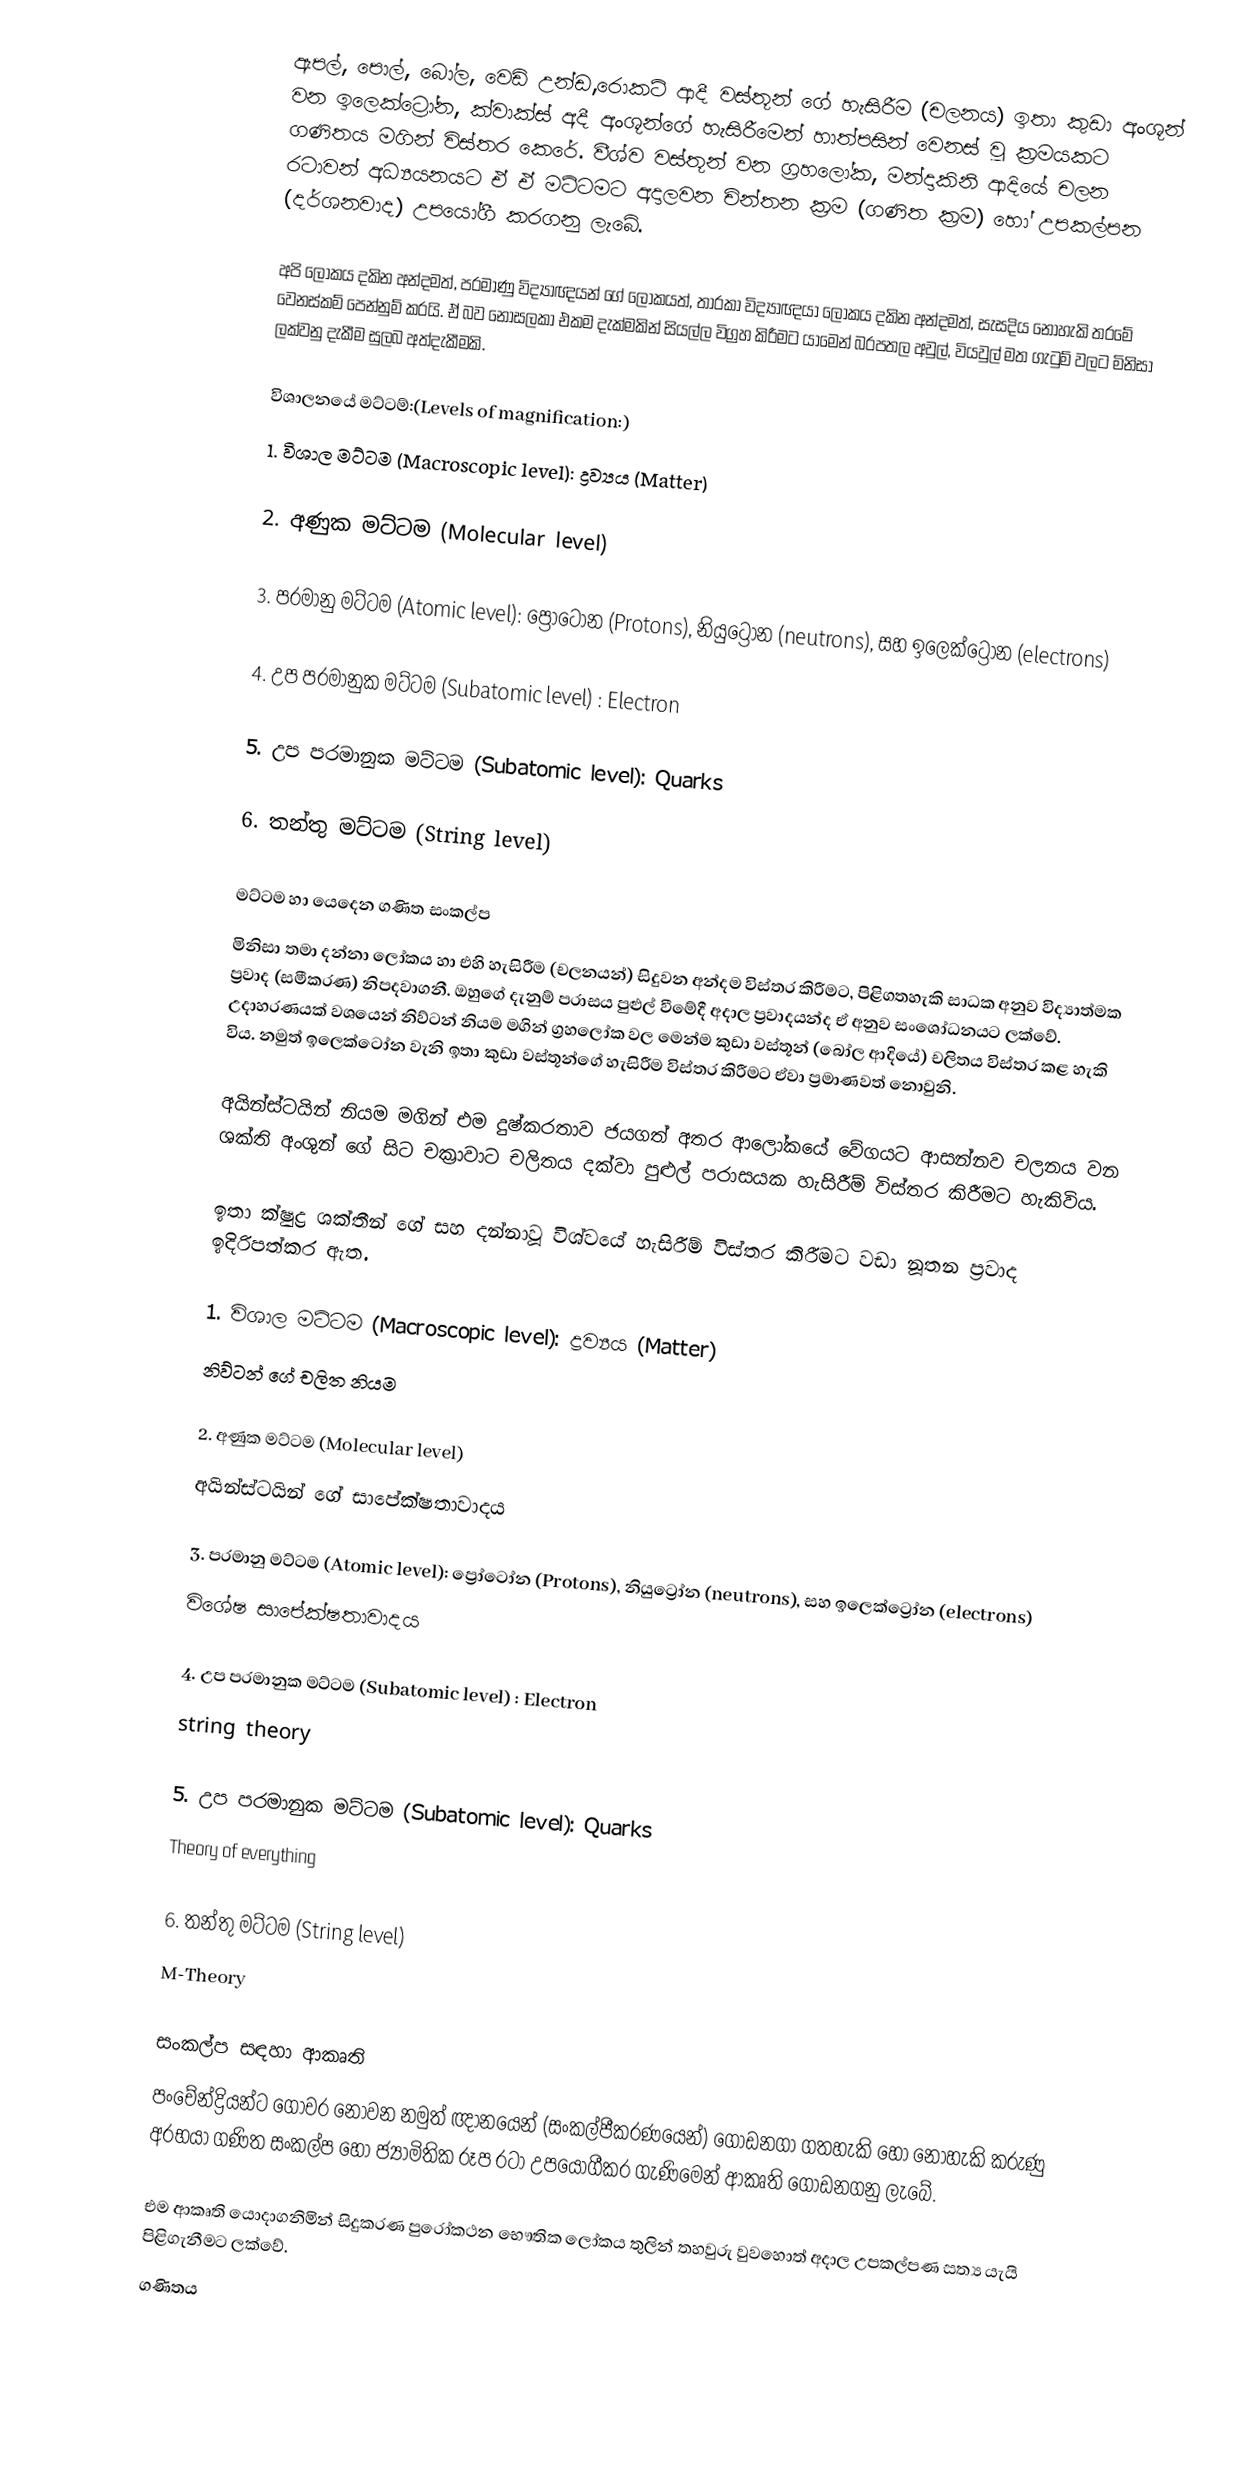
ඇපල්, පොල්, බෝල, වෙඩි උන්ඩ,රොකට් ආදී වස්තූන් ගේ හැසිරීම (චලනය) ඉතා කුඩා අංශූන් වන ඉලෙක්ට්‍රෝන, ක්වාක්ස් අදී අංශූන්ගේ හැසිරීමෙන් හාත්පසින් වෙනස් වූ ක්‍රමයකට ගණිතය මගින් විස්තර කෙරේ. වීශ්ව වස්තූන් වන ග්‍රහලෝක, මන්දාකිනි ආදියේ චලන රටාවන් අධ්‍යයනයට ඒ ඒ මට්ටමට අදාලවන චින්තන ක්‍රම (ගණිත ක්‍රම) හෝ උපකල්පන (දර්ශනවාද) උපයෝගී කරගනු ලැබේ.

අපි ලෝකය දකින අන්දමත්, පරමාණු විද්‍යාඥයන් ගේ ලෝකයත්, තාරකා විද්‍යාඥයා ලෝකය දකින අන්දමත්, සැසදිය නොහැකි තරමේ වෙනස්කම් පෙන්නුම් කරයි. ඒ බව නොසලකා එකම දැක්මකින් සියල්ල විග්‍රහ කිරීමට යාමෙන් බරපතල අවුල්, වියවුල් මත ගැටුම් වලට මිනිසා ලක්වනු දැකීම සුලබ අත්දැකීමකි.

විශාලනයේ මට්ටම්:(Levels of magnification:)
1. විශාල මට්ටම (Macroscopic level): ද්‍රව්‍යය (Matter)

2. අණුක මට්ටම (Molecular level)

3. පරමානු මට්ටම (Atomic level): ප්‍රෝටෝන (Protons), නියුට්‍රෝන (neutrons), සහ ඉලෙක්ට්‍රෝන (electrons)

4. උප පරමානුක මට්ටම (Subatomic level) : Electron

5. උප පරමානුක මට්ටම (Subatomic level): Quarks

6. තන්තු මට්ටම (String level)

මට්ටම හා යෙදෙන ගණිත සංකල්ප
මිනිසා තමා දන්නා ලෝකය හා එහි හැසිරීම (චලනයන්) සිදුවන අන්දම විස්තර කිරීමට, පිළිගතහැකි සාධක අනුව විද්‍යාත්මක ප්‍රවාද (සමීකරණ) නිපදවාගනී. ඔහුගේ දැනුම් පරාසය පුළුල් වීමේදී අදාල ප්‍රවාදයන්ද ඒ අනුව සංශෝධනයට ලක්වේ. උදාහරණයක් වශයෙන් නිව්ටන් නියම මගින් ග්‍රහලෝක වල මෙන්ම කුඩා වස්තූන් (බෝල ආදියේ) චලිතය විස්තර කළ හැකි විය. නමුත් ඉලෙක්ටෝන වැනි ඉතා කුඩා වස්තූන්ගේ හැසිරීම විස්තර කිරීමට ඒවා ප්‍රමාණවත් නොවුනි.

අයින්ස්ටයින් නියම මගින් එම දුෂ්කරතාව ජයගත් අතර ආලෝකයේ වේගයට ආසන්නව චලනය වන ශක්ති අංශුන් ගේ සිට චක්‍රාවාට චලිතය දක්වා පුළුල් පරාසයක හැසිරීම් විස්තර කිරීමට හැකිවිය.

ඉතා ක්ෂුද්‍ර ශක්තීන් ගේ සහ දන්නාවූ විශ්වයේ හැසිරීම් විස්තර කිරීමට වඩා නූතන ප්‍රවාද ඉදිරිපත්කර ඇත.

1. විශාල මට්ටම (Macroscopic level): ද්‍රව්‍යය (Matter)
නිව්ටන් ගේ චලිත නියම

2. අණුක මට්ටම (Molecular level)
අයින්ස්ටයින් ගේ සාපේක්ෂතාවාදය

3. පරමානු මට්ටම (Atomic level): ප්‍රෝටෝන (Protons), නියුට්‍රෝන (neutrons), සහ ඉලෙක්ට්‍රෝන (electrons)
විශේෂ සාපේක්ෂතාවාදය

4. උප පරමානුක මට්ටම (Subatomic level) : Electron
string theory

5. උප පරමානුක මට්ටම (Subatomic level): Quarks
Theory of everything

6. තන්තු මට්ටම (String level)
M-Theory

සංකල්ප සඳහා ආකෘති
පංචේන්ද්‍රියන්ට ගෝචර නොවන නමුත් ඥානයෙන් (සංකල්පීකරණයෙන්) ගොඩනගා ගතහැකි හෝ නොහැකි කරුණු අරභයා ගණිත සංකල්ප හෝ ජ්‍යාමිතික රූප රටා උපයෝගීකර ගැණිමෙන් ආකෘති ගොඩනගනු ලැබේ.

එම ආකෘති යොදාගනිමින් සිදුකරණ පුරෝකථන භෞතික ලෝකය තුලින් තහවුරු වුවහොත් අදාල උපකල්පණ සත්‍ය යැයි පිළිගැනීමට ලක්වේ.
ගණිතය